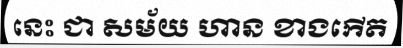
នេះ ជា សម័យ ហាន ខាងកើត